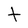
Character: t